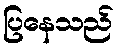
ပြနေသည်